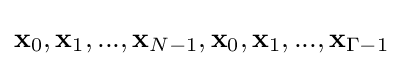
{\bf {x}}_{0},{\bf {x}}_{1},...,{\bf {x}}_{N-1},{\bf {x}}_{0},{\bf {x}}_{1},...,{\bf {x}}_{\Gamma -1}